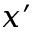
x ^ { \prime }